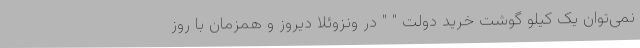
نمی‌توان یک کیلو گوشت خرید دولت " " در ونزوئلا دیروز و همزمان با روز